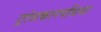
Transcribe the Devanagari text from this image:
ट्रांसकारपथिया